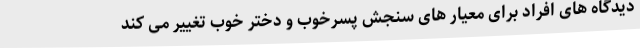
دیدگاه های افراد برای معیار های سنجش پسرخوب و دختر خوب تغییر می کند